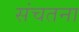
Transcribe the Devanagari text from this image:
संचतना